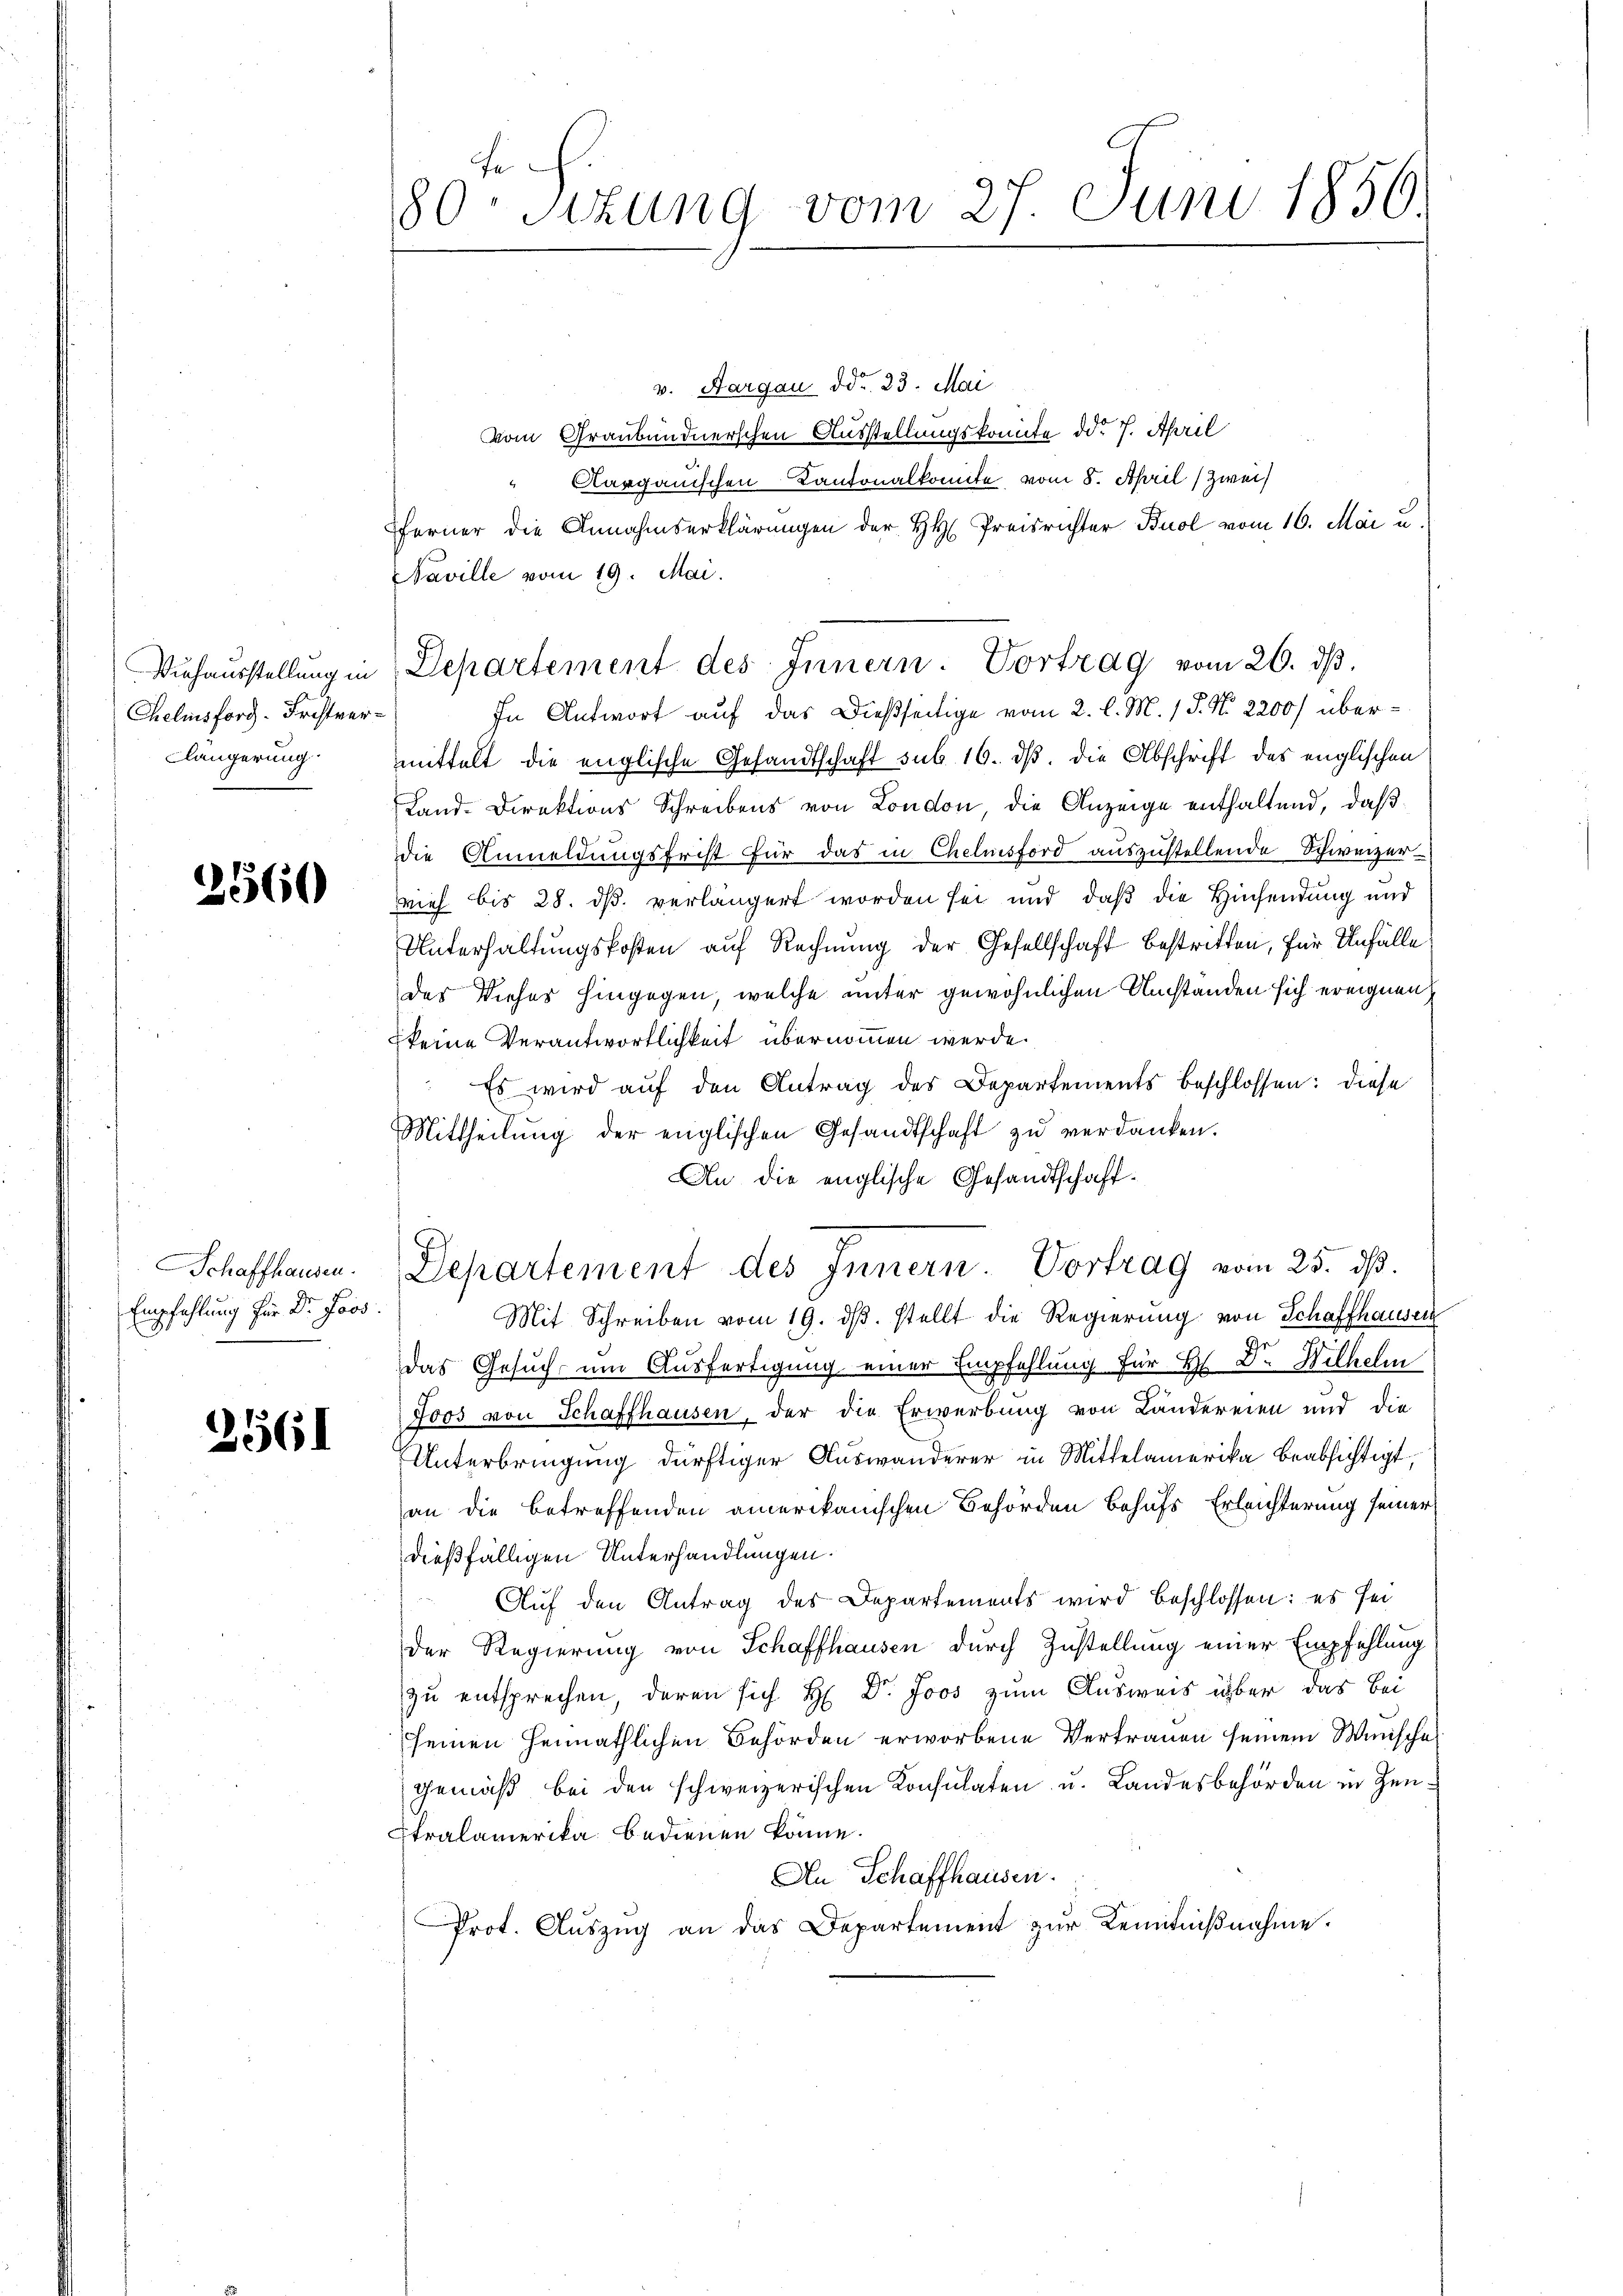
Niehausstellung in
Chelmsforg- Fristver¬
Klängerung

2560

Schaffhausen.
Empfehlung für Dr. Jos.

3561

fe
80 sizung vom 27. Juni 1850.

v. Aargau ddo. 23. Mai
Vom Graubündnerschen Ausstellungskomite ddo 7. April
" Aargauischen Cantonalkomite vom 8. April (Zweif
fferner die Annahmserklärungen der HH. Preisrichter Buol vom 16. Mai u.
Naville vom 19. Mai.
Departement des Innern. Vortrag vom 26. ds.
In Antwort auf das Dießseitige vom 2. l. M. / P. Nr. 2200/ übermittelt die englische Gesandtschaft sub 16. ds. die Abschrift des englischen
Land-Direktions Schreibens von London die Anzeige enthaltend, daß
die Anmeldungsfrist für das in Chelmsford auszustellende Schweizerieh bis 28. ds. verlängert worden sei und daß die Hechendung und
Unterhaltungskosten auf Rechnung der Gesellschaft bestritten, für Unfälle
des Dieses hingegen, welche unter gewöhnlichen Umstanden sich ereignen,
(keine Verantwortlichkeit übernommen werde.
Es wird aŭf den Antrag des Departements beschlossen: diese
Mittheilŭng der englischen Gesandtschaft zŭ verdanken.
An die englische Gesandtschaft¬
Departement des Innern. Vortrag vom 25. ds.
Mit Schreiben vom 19. dβ. stellt die Regierung von Schaffhausen
Das Gesuch um Ausfertigung einer Empfehlung für Hr. Dr. Wilhelm
Joos von Schaffhausen, der die Erwerbung von Ländereien und die
Unterbringung dürftiger Auswanderer in Mittelamerika beabsichtigt,
an die betreffenden amerikanischen Behörden behufs Erleichterung seiner
dießfälligen Unterhandlungen.
Auf den Antrag des Departements wird beschlossen: es sei
Der Regierung von Schaffhausen durch Zustellung einer Empfehlung
zu entsprechen, deren sich H: Dr. Joos zum Ausweis über das Bei
seinen Heimathlichen Behörden erworbene Vertrauen seinem Winische
gemäß bei den schweizerischen Konsulaten u. Landesbehörden in Zeu¬
Etralamerika bedienen könne.
An Schaffhausen.
Prot. Aŭszŭg an das Departement zŭr Kenntniβnahme.